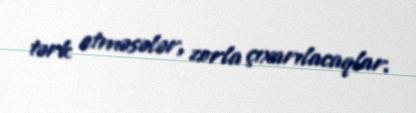
tərk etməsələr, zorla çıxarılacaqlar.